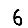
Digit: 6